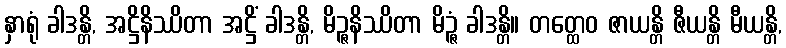
နှာရုံ ခါဒန္တိ, အဋ္ဌိနိဿိတာ အဋ္ဌိံ ခါဒန္တိ, မိဉ္ဇနိဿိတာ မိဉ္ဇံ ခါဒန္တိ။ တတ္ထေဝ ဇာယန္တိ ဇီယန္တိ မီယန္တိ,